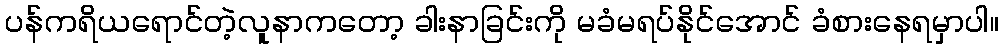
ပန်ကရိယရောင်တဲ့လူနာကတော့ ခါးနာခြင်းကို မခံမရပ်နိုင်အောင် ခံစားနေရမှာပါ။